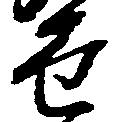
せ